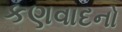
કણવાદનો